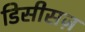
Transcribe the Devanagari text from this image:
डिसीसज़